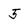
Character: 5